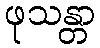
ဖုသန္တာ